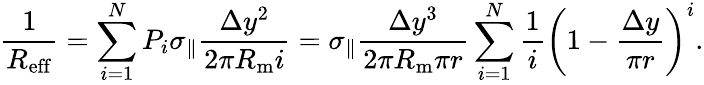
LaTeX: \frac{1}{R_{\mathrm{eff}}}=\sum_{i=1}^{N}P_{i}\sigma_{\| }\frac{\Delta y^{2}}{2\pi R_{\mathrm{m}}i}=\sigma_{\| }\frac{\Delta y^{3}}{2\pi R_{\mathrm{m}}\pi r}\sum_{i=1}^{N}\frac{1}{i}\left(1-\frac{\Delta y}{\pi r}\right)^{i}.